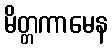
မိတ္တကာမေန